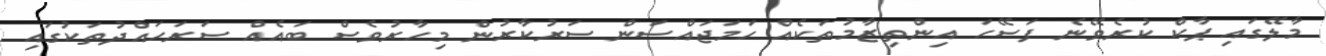
މާލޭގައި ޕާކް ކުރެވޭނެ ފަސޭހަ އިންތިޒާމުތަކެއް ހަމަޖައްސަން ސަރުކާރުން މިހާރުވެސް ބައެއް ސަރަހައްދުތަކުގައި